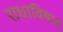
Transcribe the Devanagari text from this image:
राधाविषाद